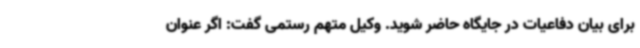
برای بیان دفاعیات در جایگاه حاضر شوید. وکیل متهم رستمی گفت: اگر عنوان